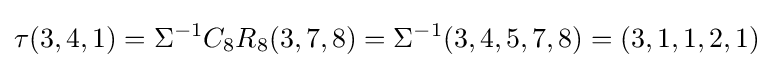
\tau (3,4,1)=\Sigma ^{-1}C_{8}R_{8}(3,7,8)=\Sigma ^{-1}(3,4,5,7,8)=(3,1,1,2,1)